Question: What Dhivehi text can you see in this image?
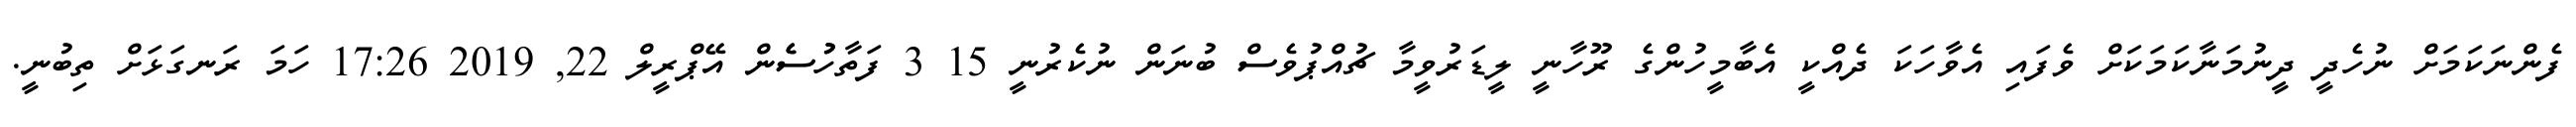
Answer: ފެންނަކަމަށް ނުހެދީ ދީނުމަނާކަމަކަށް ވެފައި އެވާހަކަ ދެއްކީ އެބާމީހުންގެ ރޫހާނީ ލީޑަރުވީމާ ޗުއްޕުވެސް ބުނަން ނުކެރުނީ 15 3 ފަތާހުުސެެން އޭޕްރީލް 22, 2019 17:26 ހަމަ ރަނގަޅަށް ތިބުނީ.